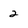
Character: 2